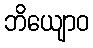
ဘိယျောဝ